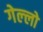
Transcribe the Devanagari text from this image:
गेल्‍लो